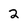
Character: 2